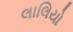
લાલિયો